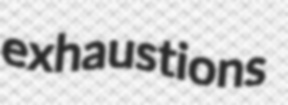
exhaustions